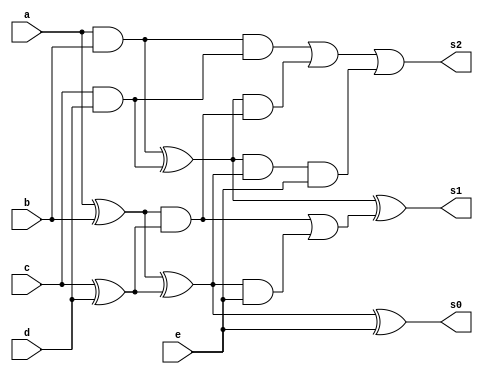
module a5(a,b,c,d,e,s0,s1,s2);
	input a,b,c,d,e;
	output s0,s1,s2;
	wire n0,n1,m0,m1,g0,g1,p0,p1,c0,c1,c2;
	wire w1,w2,w3;
	
	assign n0=a^b;
	assign n1=a&b;
	assign m0=c^d;
	assign m1=c&d;
	
	assign g0=n0&m0;
	assign g1=n1&m1;
	
	assign p0=n0^m0;
	assign p1=n1^m1;
	
	assign c0=e;
	assign w1=p0&c0;
	assign c1=g0|w1;
	assign w2=p1&g0;
	assign w3=p1&p0&c0;
	assign c2=g1|w2|w3;
	
	assign s0=p0^c0;
	assign s1=p1^c1;
	assign s2=c2;
	
endmodule